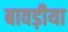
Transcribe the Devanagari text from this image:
बावड़ीया